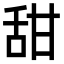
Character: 甜